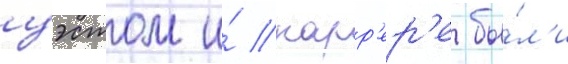
уэстом и́ карр'ер'е бы́л'и